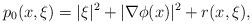
LaTeX: \begin{align*} p_{0} ( x , \xi ) = \vert \xi \vert^{2} + \vert \nabla \phi (x) \vert^{2} + r ( x , \xi ) ,\end{align*}